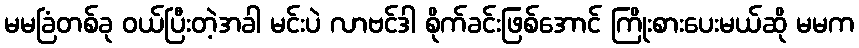
မမခြံတစ်ခု ဝယ်ပြီးတဲ့အခါ မင်းပဲ လာဗင်ဒါ စိုက်ခင်းဖြစ်အောင် ကြိုးစားပေးမယ်ဆို မမက